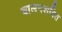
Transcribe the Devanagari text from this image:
चालनशक्ति